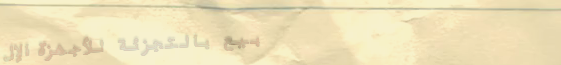
بيع بالتجزئة للأجهزة الإل